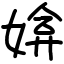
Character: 媕